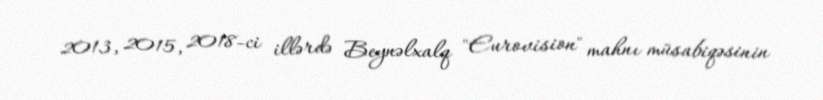
2013, 2015, 2018-ci illərdə Beynəlxalq "Eurovision" mahnı müsabiqəsinin